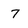
Character: 7